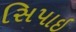
સિપાઇ